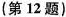
（第12题）